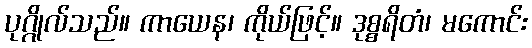
ပုဂ္ဂိုလ်သည်။ ကာယေန၊ ကိုယ်ဖြင့်။ ဒုစ္စရိတံ၊ မကောင်း